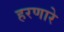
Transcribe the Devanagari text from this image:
हरणारे